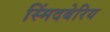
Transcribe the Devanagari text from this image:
स्मिंदबेरिय